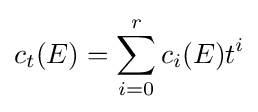
c_{t}(E)=\sum _{i=0}^{r}c_{i}(E)t^{i}